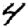
Digit: 4